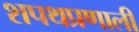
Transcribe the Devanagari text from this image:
शपथप्रणाली